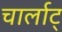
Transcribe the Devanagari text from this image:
चार्लाट्